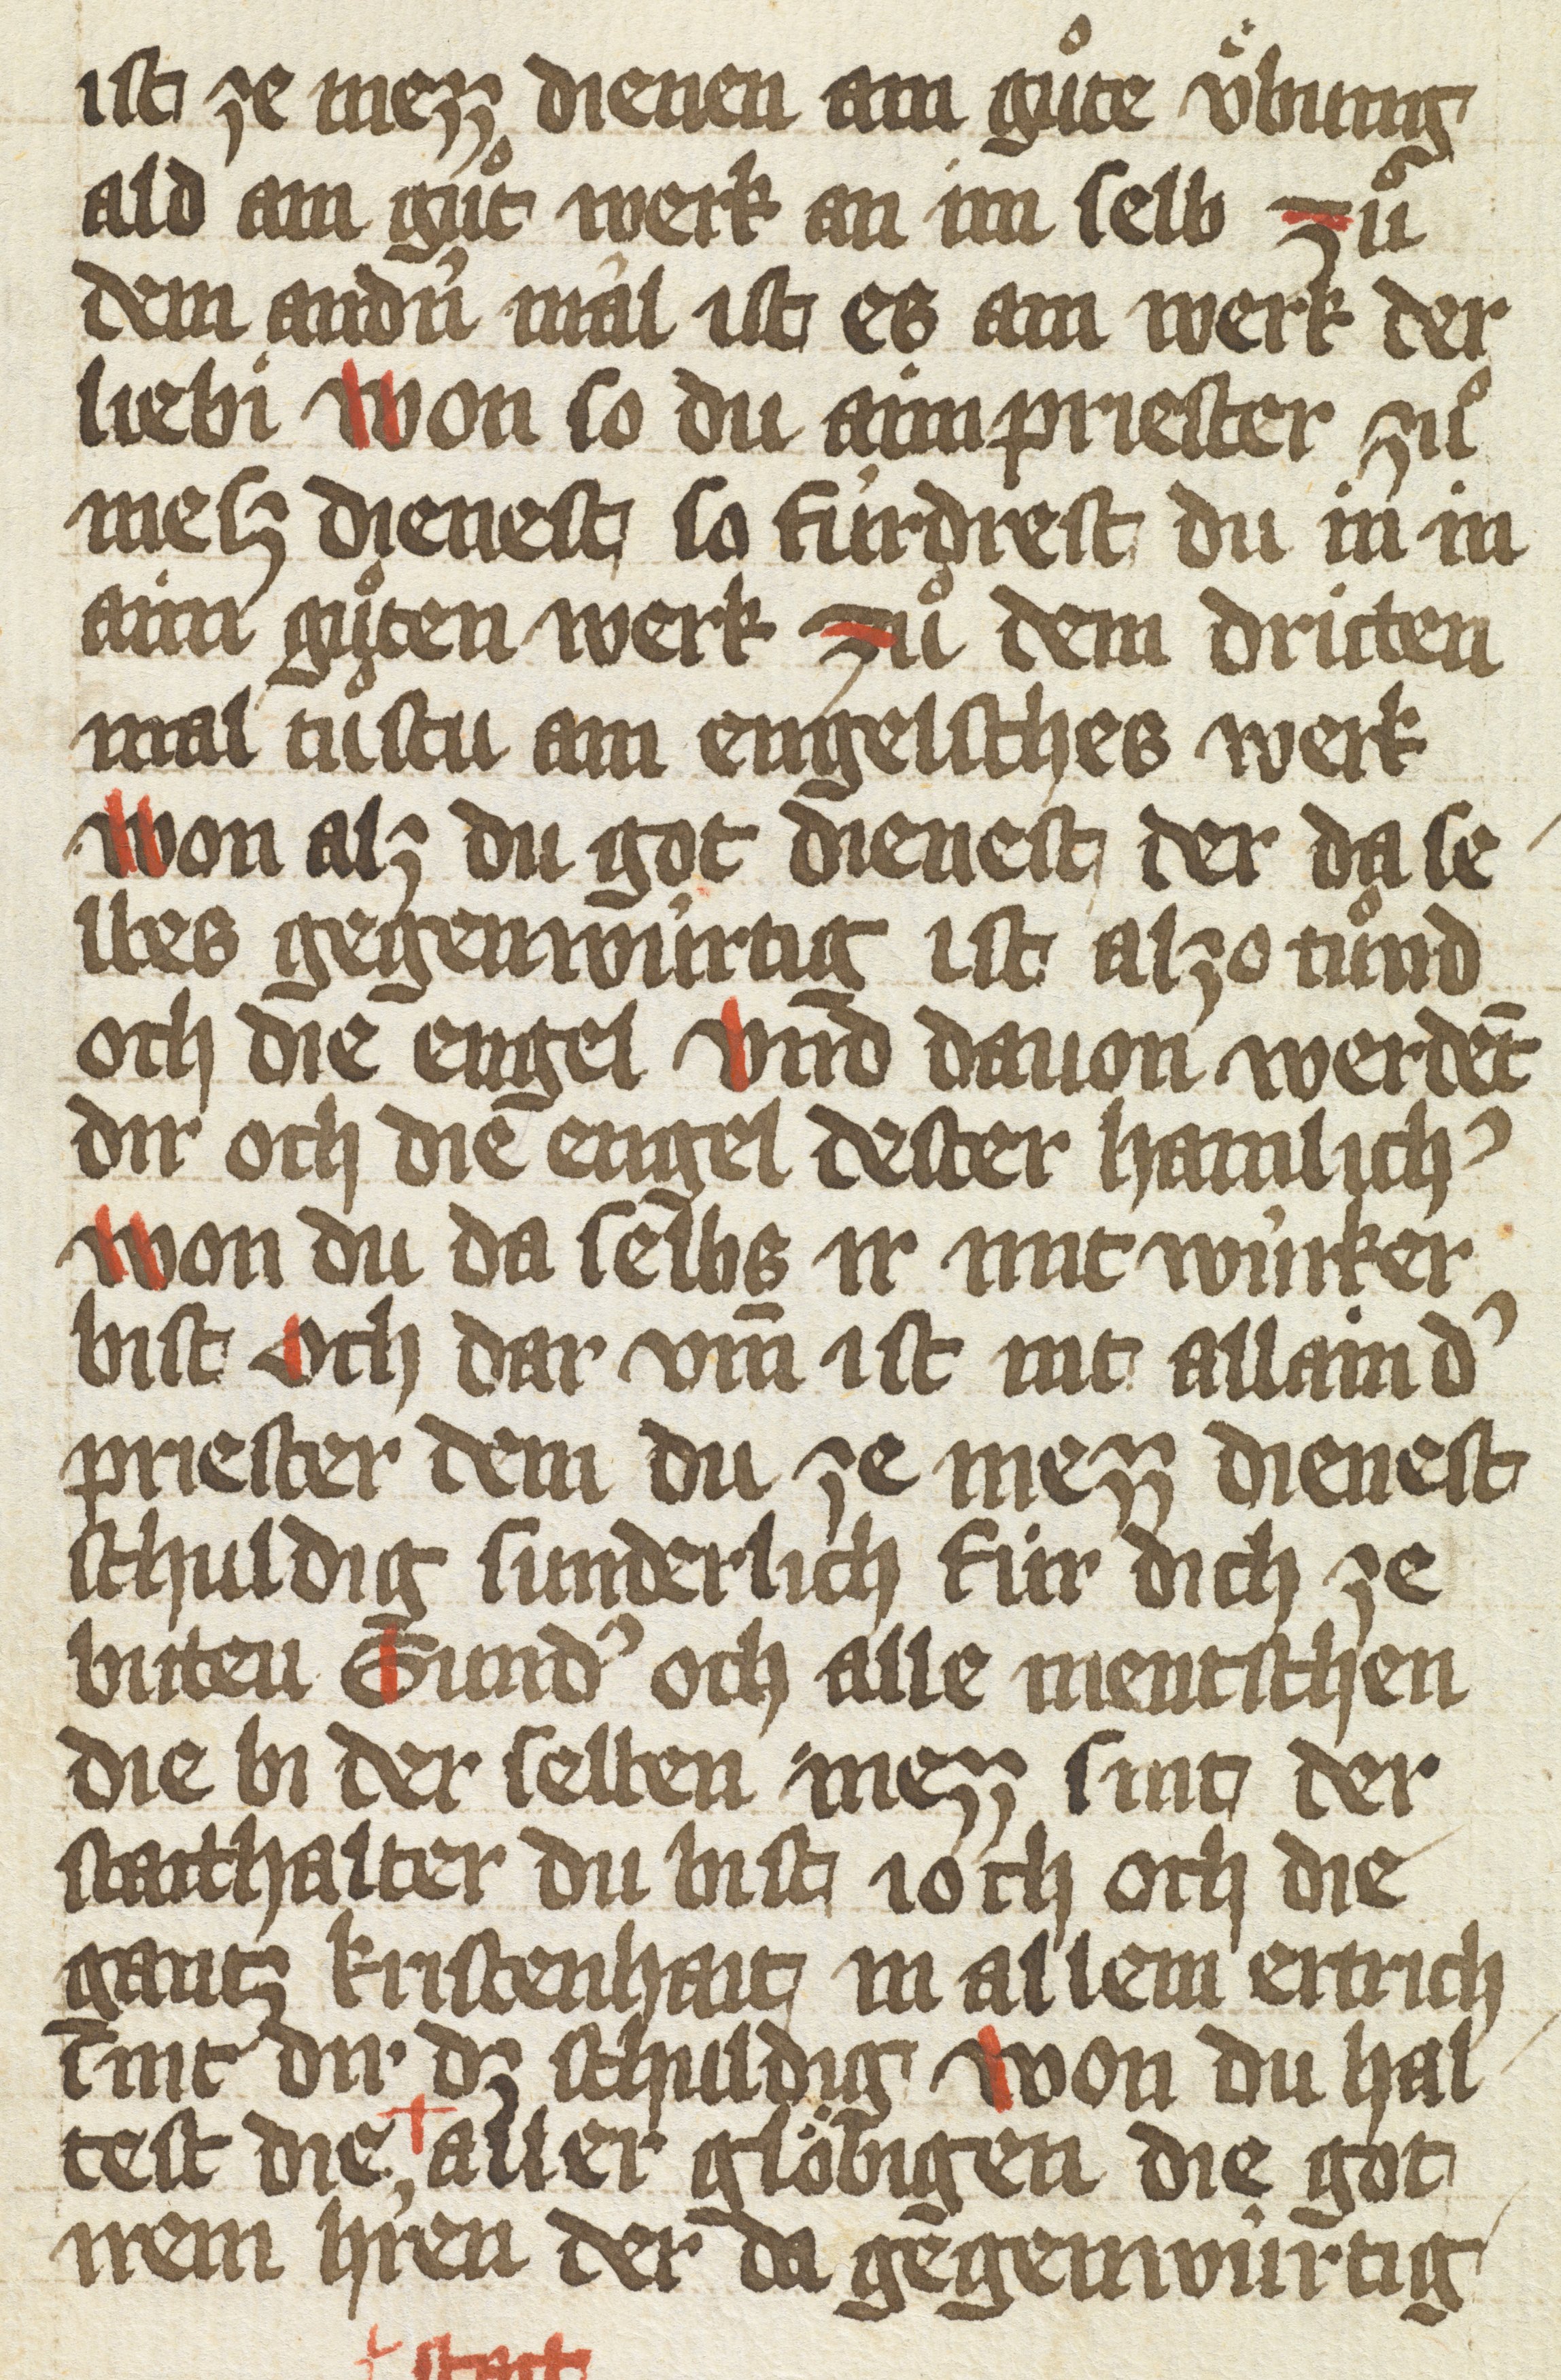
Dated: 1425–1425